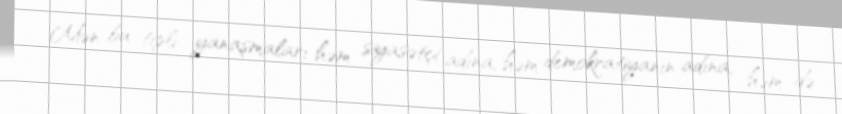
Mən bu tipli yanaşmaları həm siyasətçi adına, həm demokratiyanın adına, həm də